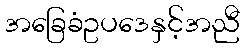
အခြေခံဥပဒေနှင့်အညီ